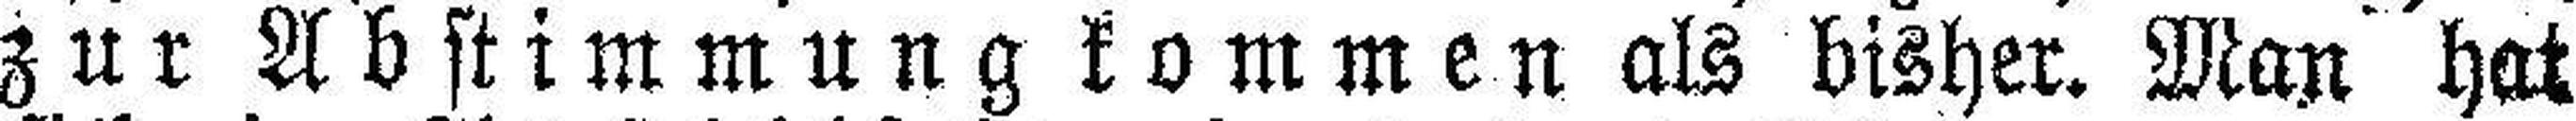
zur Abstimmung kommen als bisher. Man hat